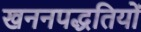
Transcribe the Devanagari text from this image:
खननपद्धतियों